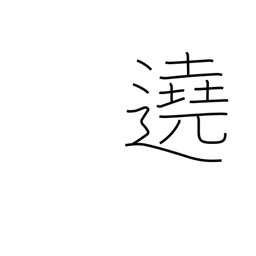
Meaning: surround